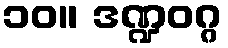
၁၀။ ဒဏ္ဍဝဂ္ဂ